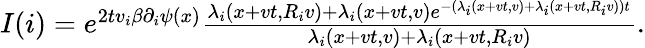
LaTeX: \begin{array}{r}{I(i)=e^{2tv_{i}\beta\partial_{i}\psi(x)}\frac{\lambda_{i}(x+vt,R_{i}v)+\lambda_{i}(x+vt,v)e^{-(\lambda_{i}(x+vt,v)+\lambda_{i}(x+vt,R_{i}v))t}}{\lambda_{i}(x+vt,v)+\lambda_{i}(x+vt,R_{i}v)}.}\end{array}